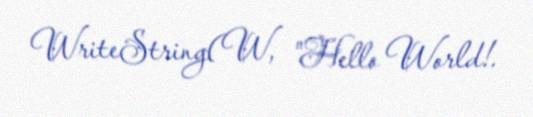
WriteString(W, "Hello World!.